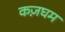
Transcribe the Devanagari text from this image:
कज़घम